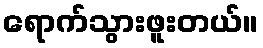
ရောက်သွားဖူးတယ်။